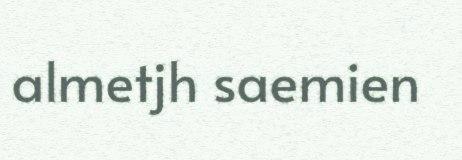
almetjh saemien